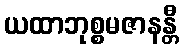
ယထာဘုစ္စမဇာနန္တီ